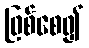
ဖြစ်စေ၍